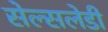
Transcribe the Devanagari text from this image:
सेल्सलेडी